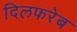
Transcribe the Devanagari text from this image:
दिलफरेब